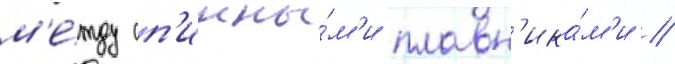
м'е́жду сп'инны́м'и плавн'ика́м'и //